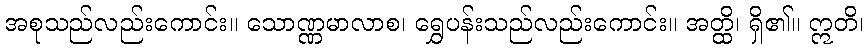
အစုသည်လည်းကောင်း။ သောဏ္ဏမာလာစ၊ ရွှေပန်းသည်လည်းကောင်း။ အတ္ထိ၊ ရှိ၏။ ဣတိ၊